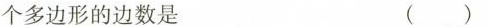
个多边形的边数是 ( )